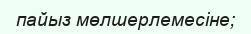
пайыз мөлшерлемесіне;